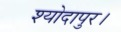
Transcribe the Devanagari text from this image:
श्योदापुर।